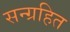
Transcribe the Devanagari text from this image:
सन्ग्रहित